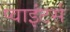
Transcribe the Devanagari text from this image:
प्वाइंटर्स